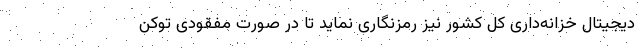
دیجیتال خزانه‌داری کل کشور نیز رمزنگاری نماید تا در صورت مفقودی توکن